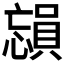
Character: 𪬳